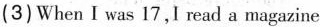
(3) When I was 17,I read a magazine